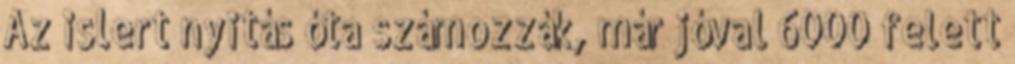
Az islert nyitás óta számozzák, már jóval 6000 felett